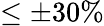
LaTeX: \leq\pm 30\%